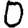
Digit: 0